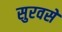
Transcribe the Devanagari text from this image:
सुरवसे